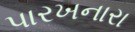
પારખનારા